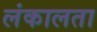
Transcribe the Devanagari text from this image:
लंकालता